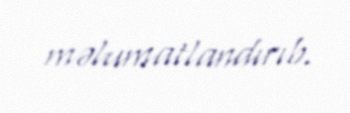
məlumatlandırıb.